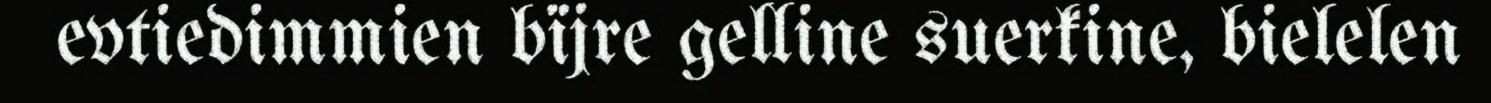
evtiedimmien bïjre gelline suerkine, bielelen